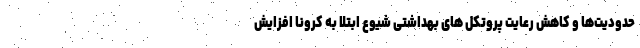
حدودیت‌ها و کاهش رعایت پروتکل های بهداشتی شیوع ابتلا به کرونا افزایش